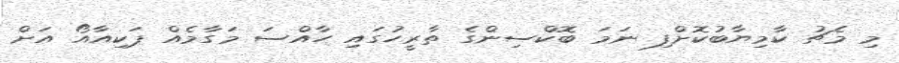
މި މެޗު ކާމިޔާބުކޮށްފި ނަމަ ބޮކްސިންގެ ތާރީހުގައި ހާއްސަ މަގާމެއް ޕަކިއާއޯ އަށް